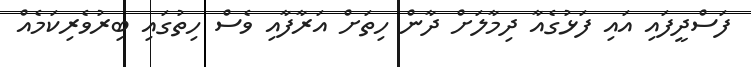
ފަސްދީފައި އައި ފަޅުގެއާ ދިމާލަށް ދާން ހިތަށް އަރާފާއި ވެސް ހިތުގައި ބިރުވެރިކަމެއް